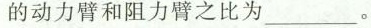
的动力臂和阻力臂之比为______。